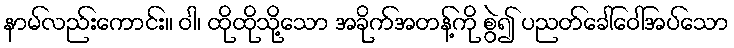
နာမ်လည်းကောင်း။ ဝါ၊ ထိုထိုသို့သော အခိုက်အတန့်ကို စွဲ၍ ပညတ်ခေါ်ဝေါ်အပ်သော